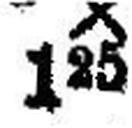
● X 125